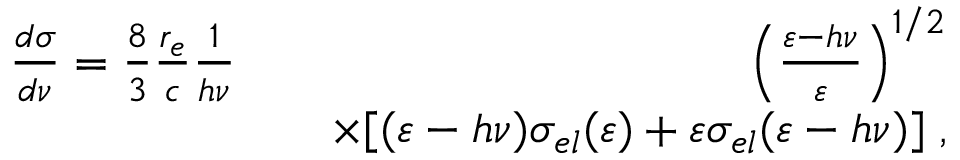
\begin{array} { r l r } { \frac { d \sigma } { d \nu } = \frac { 8 } { 3 } \frac { r _ { e } } { c } \frac { 1 } { h \nu } } & { } & { \left( \frac { \varepsilon - h \nu } { \varepsilon } \right) ^ { 1 / 2 } } \\ & { } & { \times [ ( \varepsilon - h \nu ) \sigma _ { e l } ( \varepsilon ) + \varepsilon \sigma _ { e l } ( \varepsilon - h \nu ) ] \; , } \end{array}